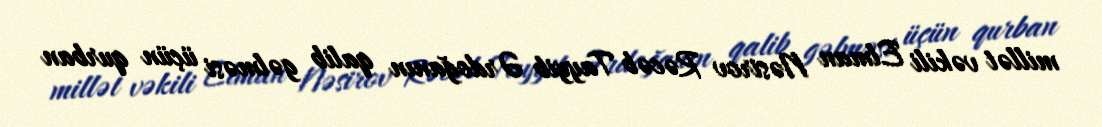
millət vəkili Elman Nəsirov Rəcəb Tayyib Ərdoğanın qalib gəlməsi üçün qurban